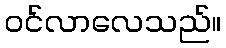
ဝင်လာလေသည်။